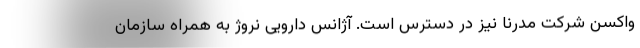
واکسن شرکت مدرنا نیز در دسترس است. آژانس دارویی نروژ به همراه سازمان